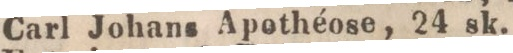
Carl Johans Apothéose, 24 sk.